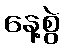
နေ့စွဲ